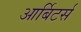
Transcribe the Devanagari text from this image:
आर्बिटर्स